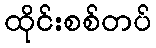
ထိုင်းစစ်တပ်